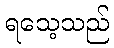
ရသေ့သည်